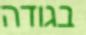
בגודה